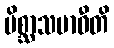
မိစ္ဆာသမာဓီတိ